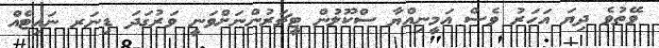
ވޭތުވެ ދިޔަ އަހަރު ވެސް އަމީނިއްޔާ ސްކޫލުން ޓީޗަރުންނަށްވަނީ ވަރުގަދަ ޑިނަރ ނައިޓެއް